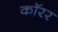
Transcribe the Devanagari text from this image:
कॉरर